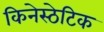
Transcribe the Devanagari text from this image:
किनेस्ठेटिक